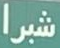
شبرا